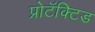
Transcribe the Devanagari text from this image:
प्रोटॅक्टिड